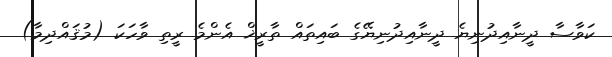
ކަވާސާ ދީނާއިދުނިޔެ ދީނާއިދުނިޔޭގެ ބައިތައް ތާރީޚް އެންމެ ރީތި ވާހަކަ (މުޤައްދިމާ)